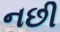
નછી